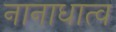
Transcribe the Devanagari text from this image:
नानाधात्व